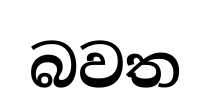
බවත